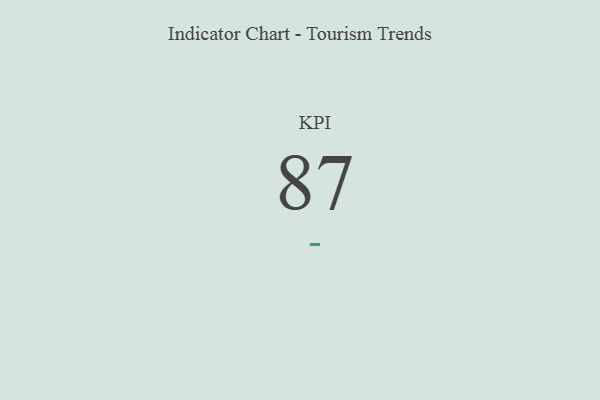
{"axis": {"x": "KPI", "y": "Value"}, "legend": [""], "data": [{"x": "KPI", "y": 87, "type": ""}]}